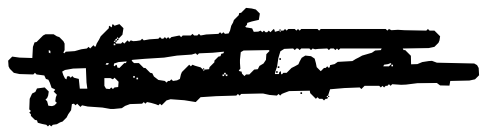
Text: stadium
Cross-out: double-line
Writing tool: digital_black